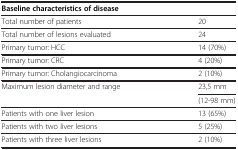
<table><thead><tr><td><b>Baseline characteristics of disease</b></td><td><b> </b></td></tr></thead><tbody><tr><td>Total number of patients</td><td>20</td></tr><tr><td>Total number of lesions evaluated</td><td>24</td></tr><tr><td>Primary tumor: HCC</td><td>14 (70%)</td></tr><tr><td>Primary tumor: CRC</td><td>4 (20%)</td></tr><tr><td>Primary tumor: Cholangiocarcinoma</td><td>2 (10%)</td></tr><tr><td rowspan="2">Maximum lesion diameter and range</td><td>23,5 mm</td></tr><tr><td>(12-98 mm)</td></tr><tr><td>Patients with one liver lesion</td><td>13 (65%)</td></tr><tr><td>Patients with two liver lesions</td><td>5 (25%)</td></tr><tr><td>Patients with three liver lesions</td><td>2 (10%)</td></tr></tbody></table>